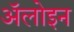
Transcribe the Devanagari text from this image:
ॲलोइन